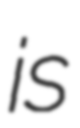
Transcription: is